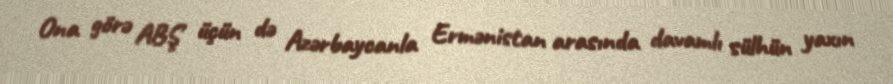
Ona görə ABŞ üçün də Azərbaycanla Ermənistan arasında davamlı sülhün yaxın